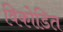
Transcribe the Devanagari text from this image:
विकोडित